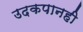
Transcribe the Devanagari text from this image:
उदकपानही